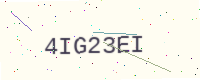
Text: 4IG23EI